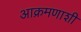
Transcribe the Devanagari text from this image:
आक्रमणाशी